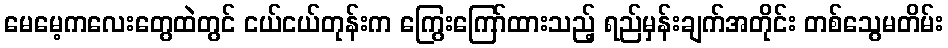
မေမေ့ကလေးတွေထဲတွင် ငယ်ငယ်တုန်းက ကြွေးကြော်ထားသည့် ရည်မှန်းချက်အတိုင်း တစ်သွေမတိမ်း